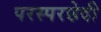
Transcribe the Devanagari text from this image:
परस्परछेदी